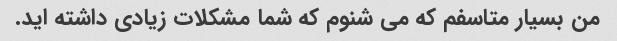
من بسیار متاسفم که می شنوم که شما مشکلات زیادی داشته اید.